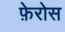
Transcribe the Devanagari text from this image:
फ़ेरोस